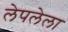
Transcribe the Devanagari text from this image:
लेपलेला